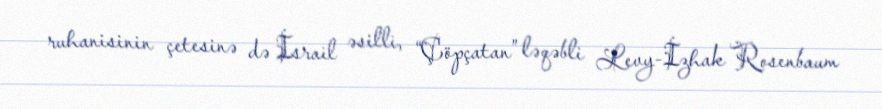
ruhanisinin çetesinə də İsrail əsilli, “Çöpçatan” ləqəbli Levy-İzhak Rosenbaum